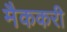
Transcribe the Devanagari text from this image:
मैककरी